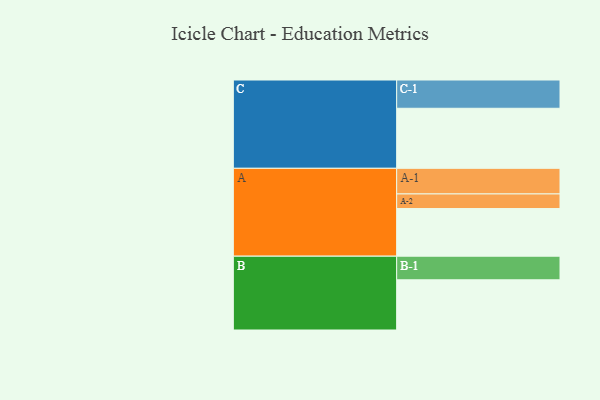
{"axis": {"x": "Segment", "y": "Value"}, "legend": ["", "A", "B", "C"], "data": [{"x": "A", "y": 450, "type": ""}, {"x": "B", "y": 474, "type": ""}, {"x": "C", "y": 567, "type": ""}, {"x": "A-1", "y": 242, "type": "A"}, {"x": "A-2", "y": 138, "type": "A"}, {"x": "B-1", "y": 223, "type": "B"}, {"x": "C-1", "y": 267, "type": "C"}]}